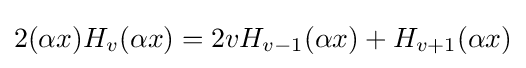
2(\alpha x){{H}_{v}}(\alpha x)=2v{{H}_{v-1}}(\alpha x)+{{H}_{v+1}}(\alpha x)